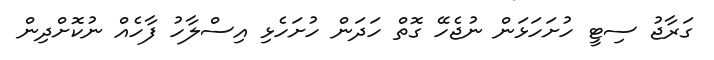
ގަރާޖު ސިޓީ ހުށަހަޅަން ނުޖެހޭ ގޮތް ހަދަން ހުށަހެޅި އިސްލާހު ފާހެއް ނުކޮށްދިން